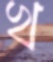
খ